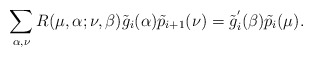
\begin{align*}\sum_{\alpha,\nu} R(\mu,\alpha;\nu,\beta)\tilde{g}_i(\alpha) \tilde{p}_{i+1}(\nu)=\tilde{g}_{i}^{'}(\beta) \tilde{p}_i(\mu). \end{align*}